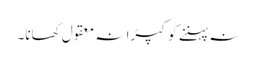
نہ پہننے کو کپڑا نہ معقول کھانا۔